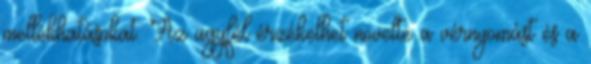
mellékhatásokat. Az ügyfél érzékelhet növelte a vérnyomást és a